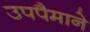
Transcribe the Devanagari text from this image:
उपपैमाने